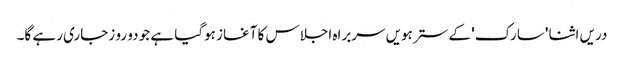
دریں اثنا 'سارک' کے سترہویں سربراہ اجلاس کا آغاز ہوگیا ہے جو دو رو زجاری رہے گا۔